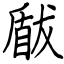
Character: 瞂